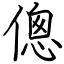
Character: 傯